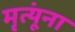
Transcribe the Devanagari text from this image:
मृत्यूंना